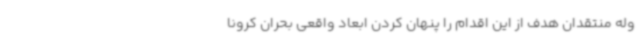
وله منتقدان هدف از این اقدام را پنهان کردن ابعاد واقعی بحران کرونا